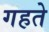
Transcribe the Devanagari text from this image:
गहते